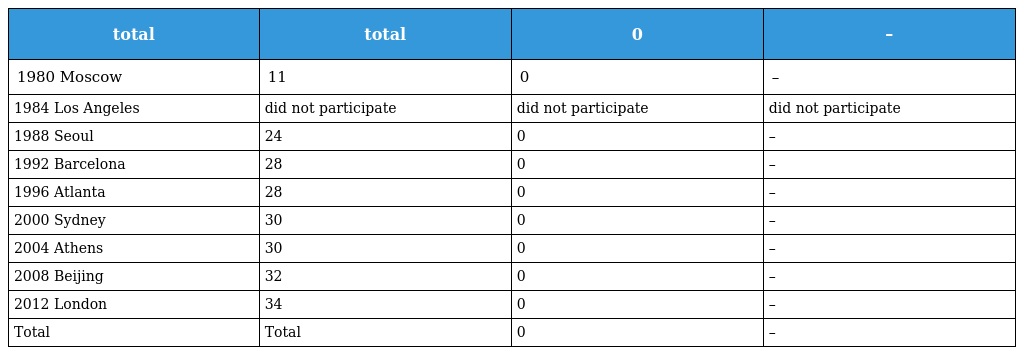
| total | total | 0 | – |
 | --- | --- | --- | --- |
 | 1980 Moscow | 11 | 0 | – |
 | 1984 Los Angeles | did not participate | did not participate | did not participate |
 | 1988 Seoul | 24 | 0 | – |
 | 1992 Barcelona | 28 | 0 | – |
 | 1996 Atlanta | 28 | 0 | – |
 | 2000 Sydney | 30 | 0 | – |
 | 2004 Athens | 30 | 0 | – |
 | 2008 Beijing | 32 | 0 | – |
 | 2012 London | 34 | 0 | – |
 | Total | Total | 0 | – |